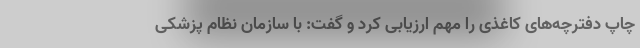
چاپ دفترچه‌های کاغذی را مهم ارزیابی کرد و گفت: با سازمان نظام پزشکی